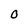
Character: O